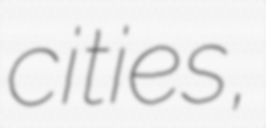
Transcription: cities,